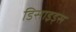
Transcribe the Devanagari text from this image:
डिसाइड्स